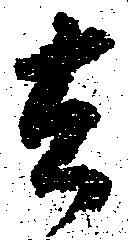
去